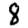
Digit: 8